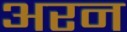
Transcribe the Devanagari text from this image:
अरन